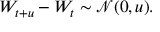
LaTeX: W _ { t + u } - W _ { t } \sim { \mathcal { N } } ( 0 , u ) .